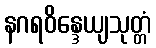
နဂရဝိန္ဒေယျသုတ္တံ